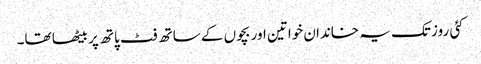
کئی روز تک یہ خاندان خواتین اور بچوں کے ساتھ فٹ پاتھ پر بیٹھا تھا۔